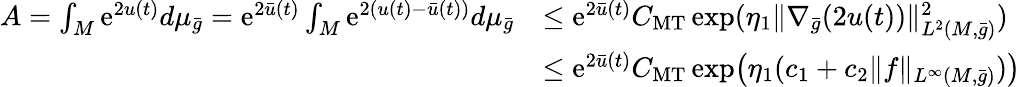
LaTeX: \begin{array}{rl}{A=\int_{M}\mathrm{e}^{2u(t)}d\mu_{\bar{g}}=\mathrm{e}^{2\bar{u}(t)}\int_{M}\mathrm{e}^{2(u(t)-\bar{u}(t))}d\mu_{\bar{g}}}&{\le\mathrm{e}^{2\bar{u}(t)}C_{\mathrm{MT}}\exp(\eta_{1}\| \nabla_{\bar{g}}(2u(t))\| _{L^{2}(M,\bar{g})}^{2})}\\ &{\le\mathrm{e}^{2\bar{u}(t)}C_{\mathrm{MT}}\exp\bigl(\eta_{1}(c_{1}+c_{2}\| f\| _{L^{\infty}(M,\bar{g})})\bigr)}\end{array}